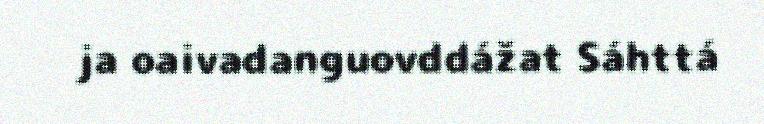
ja oaivadanguovddážat Sáhttá